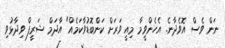
ނަން ވެސް އޮވެދާނެ. އެހެންވީމާ މިއީ ވަރަށް ކަންބޮޑުވާކަމެއް" އާދަމް ޝަރީފް ވިދާޅުވި